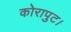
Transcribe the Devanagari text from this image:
कोरापुट।